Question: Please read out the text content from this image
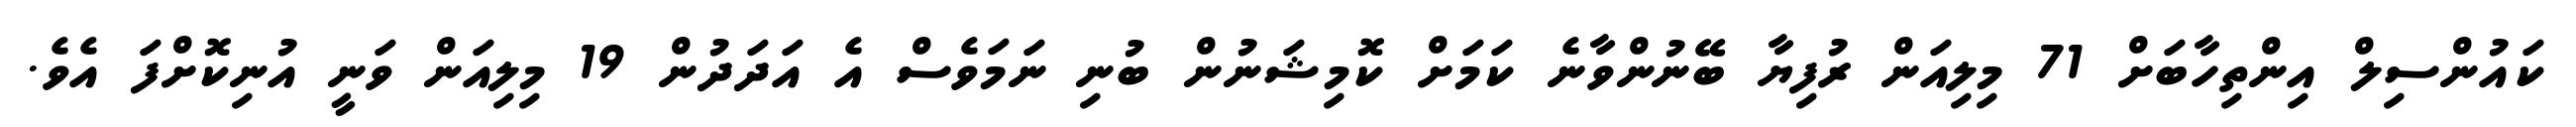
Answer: ކައުންސިލް އިންތިހާބަށް 71 މިލިއަން ރުފިޔާ ބޭނުންވާނެ ކަމަށް ކޮމިޝަނުން ބުނި ނަމަވެސް އެ އަދަދުން 19 މިލިއަން ވަނީ އުނިކޮށްފަ އެވެ.